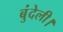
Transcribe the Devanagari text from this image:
बुंदेली।